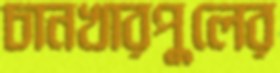
চানখারপুলের